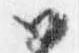
如